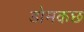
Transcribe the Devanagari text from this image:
डोमकछ